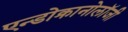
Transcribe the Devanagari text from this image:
एन्डोक्रानोलॉजी